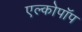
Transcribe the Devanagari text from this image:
एल्कोपॉप